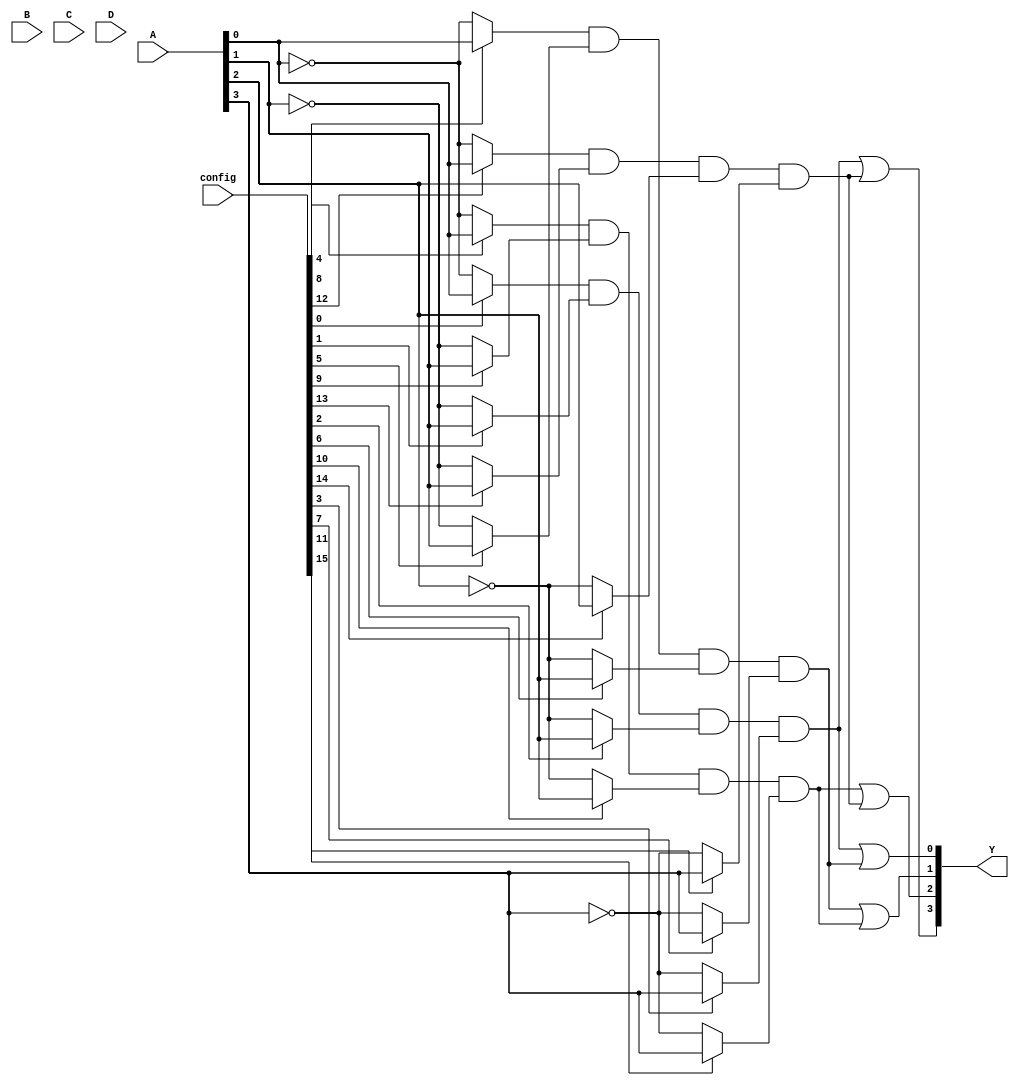
module PAL (
    input wire [3:0] A,         // 4 input pins
    input wire [3:0] B,         // Additional input pins (if needed)
    input wire [3:0] C,         // Additional input pins (if needed)
    input wire [3:0] D,         // Additional input pins (if needed)
    input wire [15:0] config,   // Configuration bits for AND gates
    output wire [3:0] Y         // 4 output pins
);

// Programmable AND array
wire [3:0] and_out [0:3]; // Assuming 4 AND gates, each producing 1 output

// Generate AND gates based on configuration
genvar i, j;
generate
    for (i = 0; i < 4; i = i + 1) begin : and_gate
        assign and_out[i] = (config[i*4] ? A[0] : ~A[0]) & // A0
                            (config[i*4 + 1] ? A[1] : ~A[1]) & // A1
                            (config[i*4 + 2] ? A[2] : ~A[2]) & // A2
                            (config[i*4 + 3] ? A[3] : ~A[3]);   // A3
    end
endgenerate

// Fixed OR array
assign Y[0] = and_out[0] | and_out[1]; // Output Y0
assign Y[1] = and_out[1] | and_out[2]; // Output Y1
assign Y[2] = and_out[2] | and_out[3]; // Output Y2
assign Y[3] = and_out[0] | and_out[3]; // Output Y3

endmodule